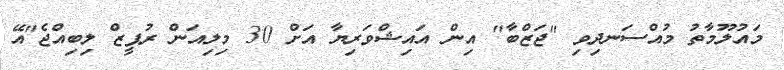
މައުލޫމާތު މުއްސަނދިވި "ޖަޒްބާ" އިން އައިޝްވަރިޔާ އަށް 30 މިލިއަން ރުޕީޒް ލިބިއްޖެ"އޭ